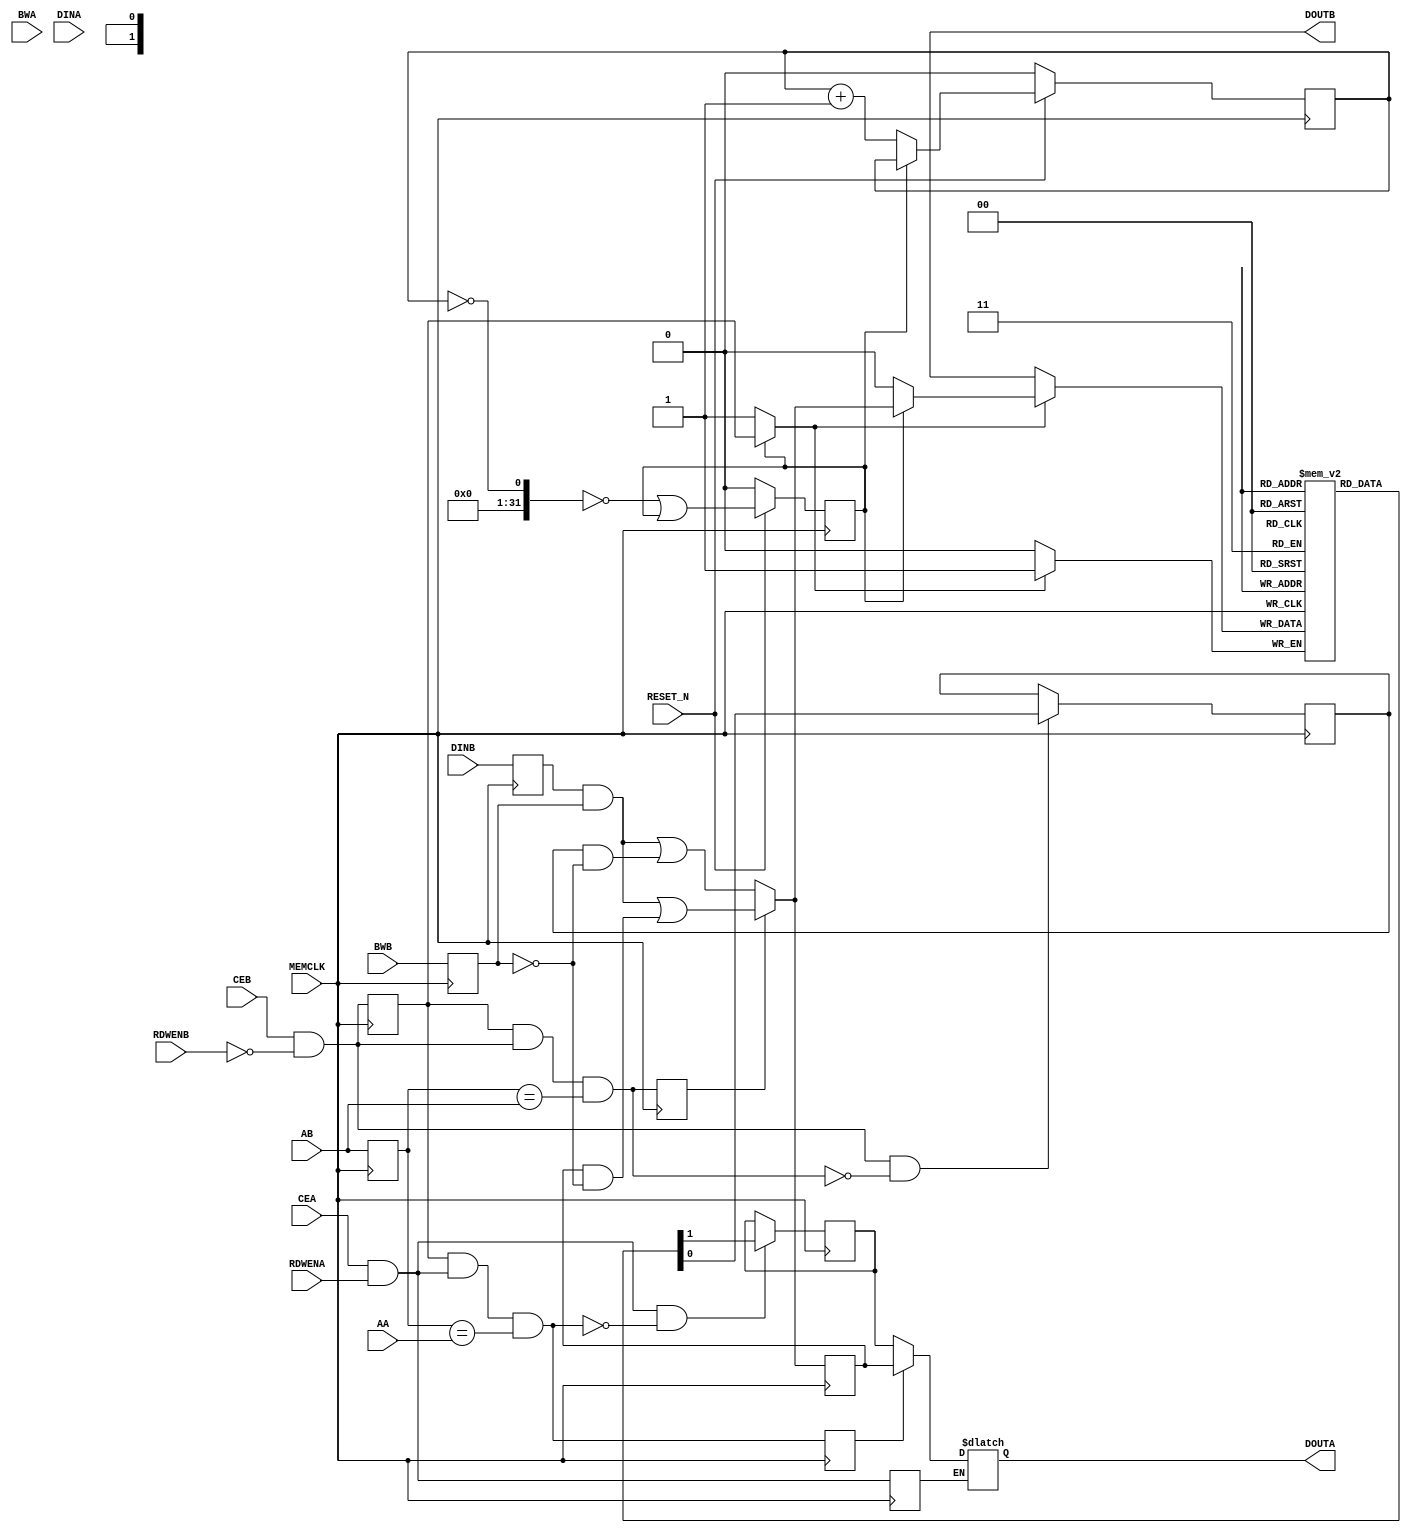
// Copyright (c) 2015 Princeton University
// All rights reserved.
// 
// Redistribution and use in source and binary forms, with or without
// modification, are permitted provided that the following conditions are met:
//     * Redistributions of source code must retain the above copyright
//       notice, this list of conditions and the following disclaimer.
//     * Redistributions in binary form must reproduce the above copyright
//       notice, this list of conditions and the following disclaimer in the
//       documentation and/or other materials provided with the distribution.
//     * Neither the name of Princeton University nor the
//       names of its contributors may be used to endorse or promote products
//       derived from this software without specific prior written permission.
// 
// THIS SOFTWARE IS PROVIDED BY PRINCETON UNIVERSITY "AS IS" AND
// ANY EXPRESS OR IMPLIED WARRANTIES, INCLUDING, BUT NOT LIMITED TO, THE IMPLIED
// WARRANTIES OF MERCHANTABILITY AND FITNESS FOR A PARTICULAR PURPOSE ARE
// DISCLAIMED. IN NO EVENT SHALL PRINCETON UNIVERSITY BE LIABLE FOR ANY
// DIRECT, INDIRECT, INCIDENTAL, SPECIAL, EXEMPLARY, OR CONSEQUENTIAL DAMAGES
// (INCLUDING, BUT NOT LIMITED TO, PROCUREMENT OF SUBSTITUTE GOODS OR SERVICES;
// LOSS OF USE, DATA, OR PROFITS; OR BUSINESS INTERRUPTION) HOWEVER CAUSED AND
// ON ANY THEORY OF LIABILITY, WHETHER IN CONTRACT, STRICT LIABILITY, OR TORT
// (INCLUDING NEGLIGENCE OR OTHERWISE) ARISING IN ANY WAY OUT OF THE USE OF THIS
// SOFTWARE, EVEN IF ADVISED OF THE POSSIBILITY OF SUCH DAMAGE.

// Description: A simple wrapper to infer Xilinx BRAMs for SRAMs, modified to be synthesizable

module bram_1r1w_wrapper 
#(parameter NAME="", DEPTH=1, ADDR_WIDTH=1, BITMASK_WIDTH=1, DATA_WIDTH=1)
(
  input wire MEMCLK,
  input wire RESET_N,
  input wire CEA,
  input wire [ADDR_WIDTH-1:0] AA,
  input wire [ADDR_WIDTH-1:0] AB,

  input wire RDWENA,
  input wire CEB,
  input wire RDWENB,
  input wire [DATA_WIDTH-1:0] BWA,
  input wire [DATA_WIDTH-1:0] DINA,
  output reg [DATA_WIDTH-1:0] DOUTA,
  input wire [DATA_WIDTH-1:0] BWB,
  input wire [DATA_WIDTH-1:0] DINB,
  output wire [DATA_WIDTH-1:0] DOUTB
  // input wire [`BIST_OP_WIDTH-1:0] BIST_COMMAND,
  // input wire [`SRAM_WRAPPER_BUS_WIDTH-1:0] BIST_DIN,
  // output reg [`SRAM_WRAPPER_BUS_WIDTH-1:0] BIST_DOUT,
  // input wire [`BIST_ID_WIDTH-1:0] SRAMID
);

wire                            write_enable_in;
wire                            read_enable_in;

// Temporary storage for write data
reg                             write_enable_in_reg;
reg   [ADDR_WIDTH-1:0    ]      WRITE_ADDRESS_REG;
reg   [ADDR_WIDTH-1:0    ]      WRITE_ADDRESS_REG_muxed;
reg   [BITMASK_WIDTH-1:0 ]      WRITE_BIT_MASK_REG;
reg   [DATA_WIDTH-1:0    ]      DIN_r;
// reg   [DATA_WIDTH-1:0    ]      DOUTB_r;

reg                             read_enable_in_reg;

reg   [DATA_WIDTH-1:0    ]      bram_data_in_r;

wire                            bram_write_en;
reg                            bram_write_en_muxed;
wire                            bram_read_en;
wire                            bram_write_read_en;
reg  [DATA_WIDTH-1:0    ]      bram_data_write_read_out_reg;
reg  [DATA_WIDTH-1:0    ]      bram_data_read_out_reg;
reg  [DATA_WIDTH-1:0    ]      bram_data_in;
reg  [DATA_WIDTH-1:0    ]      bram_data_in_muxed;
wire  [DATA_WIDTH-1:0    ]      last_wrote_data;
wire                            rw_conflict;
reg                             rw_conflict_r;
wire                            ww_conflict;
reg                             ww_conflict_r;

/* renaming signals */
assign read_enable_in    = CEA & (RDWENA == 1'b1);
assign write_enable_in   = CEB & (RDWENB == 1'b0);
wire [ADDR_WIDTH-1:0    ] READ_ADDRESS = AA;
wire [ADDR_WIDTH-1:0    ] WRITE_ADDRESS = AB;
wire [BITMASK_WIDTH-1:0    ] WRITE_BIT_MASK = BWB;

// Intermediate logic for write processing
always @(posedge MEMCLK) begin
  write_enable_in_reg <= write_enable_in;
  WRITE_ADDRESS_REG   <= WRITE_ADDRESS;
  WRITE_BIT_MASK_REG  <= WRITE_BIT_MASK;
  DIN_r <= DINB;
  read_enable_in_reg  <= read_enable_in;
  bram_data_in_r <= bram_data_in;
  rw_conflict_r  <= rw_conflict;
  ww_conflict_r  <= ww_conflict;
  // DOUTB_r  <= DOUTB;
end

// determining read-write and write-write conflict for data bypassing
assign rw_conflict      = write_enable_in_reg & read_enable_in & (WRITE_ADDRESS_REG == READ_ADDRESS);
assign ww_conflict      = write_enable_in_reg & write_enable_in & (WRITE_ADDRESS_REG == WRITE_ADDRESS);
assign DOUTB = {DATA_WIDTH{1'bx}}; // port B is always used for write

// calculate the correct read and write data after accoutning for conflicts
always @ * begin
  bram_data_in = (DIN_r & WRITE_BIT_MASK_REG);
  if (ww_conflict_r)
    bram_data_in = bram_data_in | (bram_data_in_r & ~WRITE_BIT_MASK_REG);
  else
    bram_data_in = bram_data_in | (bram_data_write_read_out_reg & ~WRITE_BIT_MASK_REG);
  

  // note: DOUT retains value if read enable is not asserted
  // which is why default value is not set for DOUT
  if (read_enable_in_reg) begin
    DOUTA = bram_data_read_out_reg; 
    if (rw_conflict_r) begin
      DOUTA = bram_data_in_r;
    end
  end
end

// synthesizable BRAM
assign bram_write_en      = write_enable_in_reg;
assign bram_read_en         = (read_enable_in) & ~rw_conflict;             // do not read in case of a conflict
assign bram_write_read_en         = (write_enable_in) & ~ww_conflict;             // do not read in case of a conflict

reg [DATA_WIDTH-1:0] ram [DEPTH-1:0];
// reg [%d-1:0] bram_data_write_read_out_reg;
always @(posedge MEMCLK) begin
  if (bram_write_en_muxed) begin
    ram[WRITE_ADDRESS_REG_muxed] <= bram_data_in_muxed;
  end
  if (bram_read_en) begin
    bram_data_read_out_reg <= ram[READ_ADDRESS];
  end
  if (bram_write_read_en) begin
    bram_data_write_read_out_reg <= ram[WRITE_ADDRESS];
  end
end
// END BRAM


/* BIST logic for resetting RAM content to 0s on reset*/
localparam INIT_STATE = 1'd0;
localparam DONE_STATE  = 1'd1;

reg [ADDR_WIDTH-1:0] bist_index;
reg [ADDR_WIDTH-1:0] bist_index_next;
reg init_done;
reg init_done_next;

always @ (posedge MEMCLK)
begin
   if (!RESET_N)
   begin
      bist_index <= 0;
      init_done <= 0;
   end
   else
   begin
      bist_index <= bist_index_next;
      init_done <= init_done_next;
   end
end

always @ *
begin
   bist_index_next = init_done ? bist_index : bist_index + 1;
   init_done_next = ((|(~bist_index)) == 0) | init_done;
end

// MUX for BIST
always @ *
begin
   if (!init_done)
   begin
      WRITE_ADDRESS_REG_muxed = bist_index;
      bram_write_en_muxed = 1'b1;
      bram_data_in_muxed = {DATA_WIDTH{1'b0}};
   end
   else
   begin
      WRITE_ADDRESS_REG_muxed = WRITE_ADDRESS_REG;
      bram_write_en_muxed = bram_write_en;
      bram_data_in_muxed = bram_data_in;
   end
end


endmodule